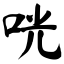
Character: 咣